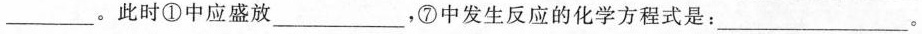
___。此时①中应盛放___，⑦中发生反应的化学方程式是：___。